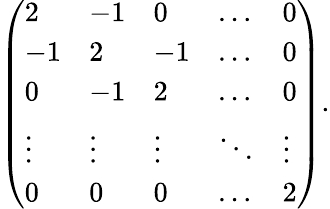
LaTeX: {\left(\begin{array}{lllll}{2}&{-1}&{0}&{\dots}&{0}\\ {-1}&{2}&{-1}&{\dots}&{0}\\ {0}&{-1}&{2}&{\dots}&{0}\\ {\vdots}&{\vdots}&{\vdots}&{\ddots}&{\vdots}\\ {0}&{0}&{0}&{\dots}&{2}\end{array}\right)}.